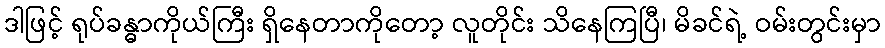
ဒါဖြင့် ရုပ်ခန္ဓာကိုယ်ကြီး ရှိနေတာကိုတော့ လူတိုင်း သိနေကြပြီ၊ မိခင်ရဲ့ ဝမ်းတွင်းမှာ